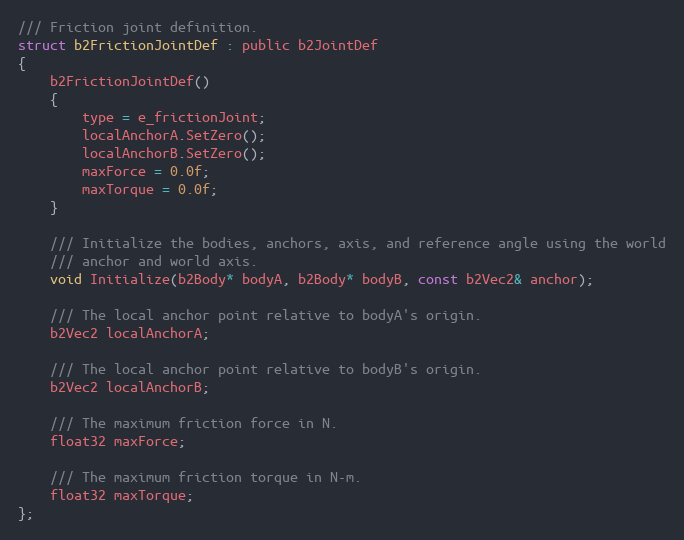
Language: C
/// Friction joint definition.
struct b2FrictionJointDef : public b2JointDef
{
	b2FrictionJointDef()
	{
		type = e_frictionJoint;
		localAnchorA.SetZero();
		localAnchorB.SetZero();
		maxForce = 0.0f;
		maxTorque = 0.0f;
	}

	/// Initialize the bodies, anchors, axis, and reference angle using the world
	/// anchor and world axis.
	void Initialize(b2Body* bodyA, b2Body* bodyB, const b2Vec2& anchor);

	/// The local anchor point relative to bodyA's origin.
	b2Vec2 localAnchorA;

	/// The local anchor point relative to bodyB's origin.
	b2Vec2 localAnchorB;

	/// The maximum friction force in N.
	float32 maxForce;

	/// The maximum friction torque in N-m.
	float32 maxTorque;
};